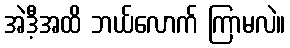
အဲဒီ့အထိ ဘယ်လောက် ကြာမလဲ။